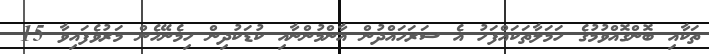
ތަކާއި ބޮންގޮއްވުމުގެ ހަމަލާތަކައްފަހު އެ ސަރަހައްދުން އާންމުންނާއި ކުޑަކުދިން ހިމެނޭހެން މަރުވެފައިވާ 15